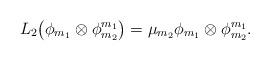
LaTeX: \begin{gather*}L_2\big(\phi_{m_1}\otimes\phi_{m_2}^{m_1}\big) = \mu_{m_2}\phi_{m_1}\otimes\phi_{m_2}^{m_1}.\end{gather*}